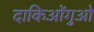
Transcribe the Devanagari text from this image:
दाकिओंगुओ